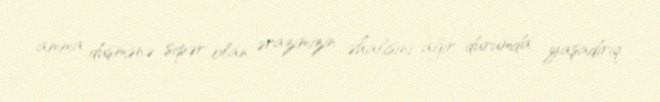
amma düşmənə sipər olan ərazimizin əhalisini ağır durumda yaşadırıq.